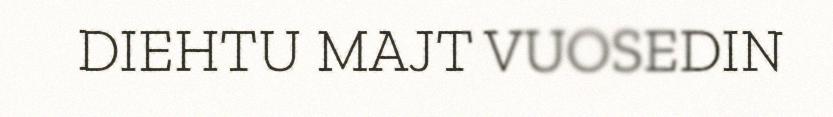
DIEHTU MAJT VUOSEDIN